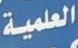
العملية